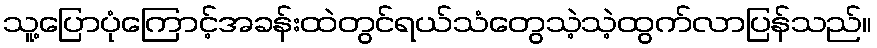
သူ့ပြောပုံကြောင့်အခန်းထဲတွင်ရယ်သံတွေသဲ့သဲ့ထွက်လာပြန်သည်။